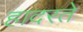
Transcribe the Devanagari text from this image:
हादरते